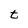
Character: t